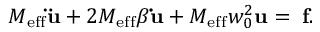
M _ { \mathrm { e f f } } { \bf \ddot { u } } + 2 M _ { \mathrm { e f f } } \beta { \bf \dot { u } } + M _ { \mathrm { e f f } } w _ { 0 } ^ { 2 } { \bf u } = { \bf \Gamma } { \bf f } .